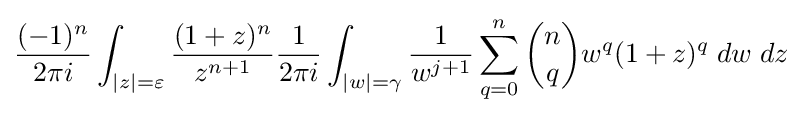
{\frac {(-1)^{n}}{2\pi i}}\int _{|z|=\varepsilon }{\frac {(1+z)^{n}}{z^{n+1}}}{\frac {1}{2\pi i}}\int _{|w|=\gamma }{\frac {1}{w^{j+1}}}\sum _{q=0}^{n}{n \choose q}w^{q}(1+z)^{q}\;dw\;dz